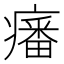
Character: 𤺏